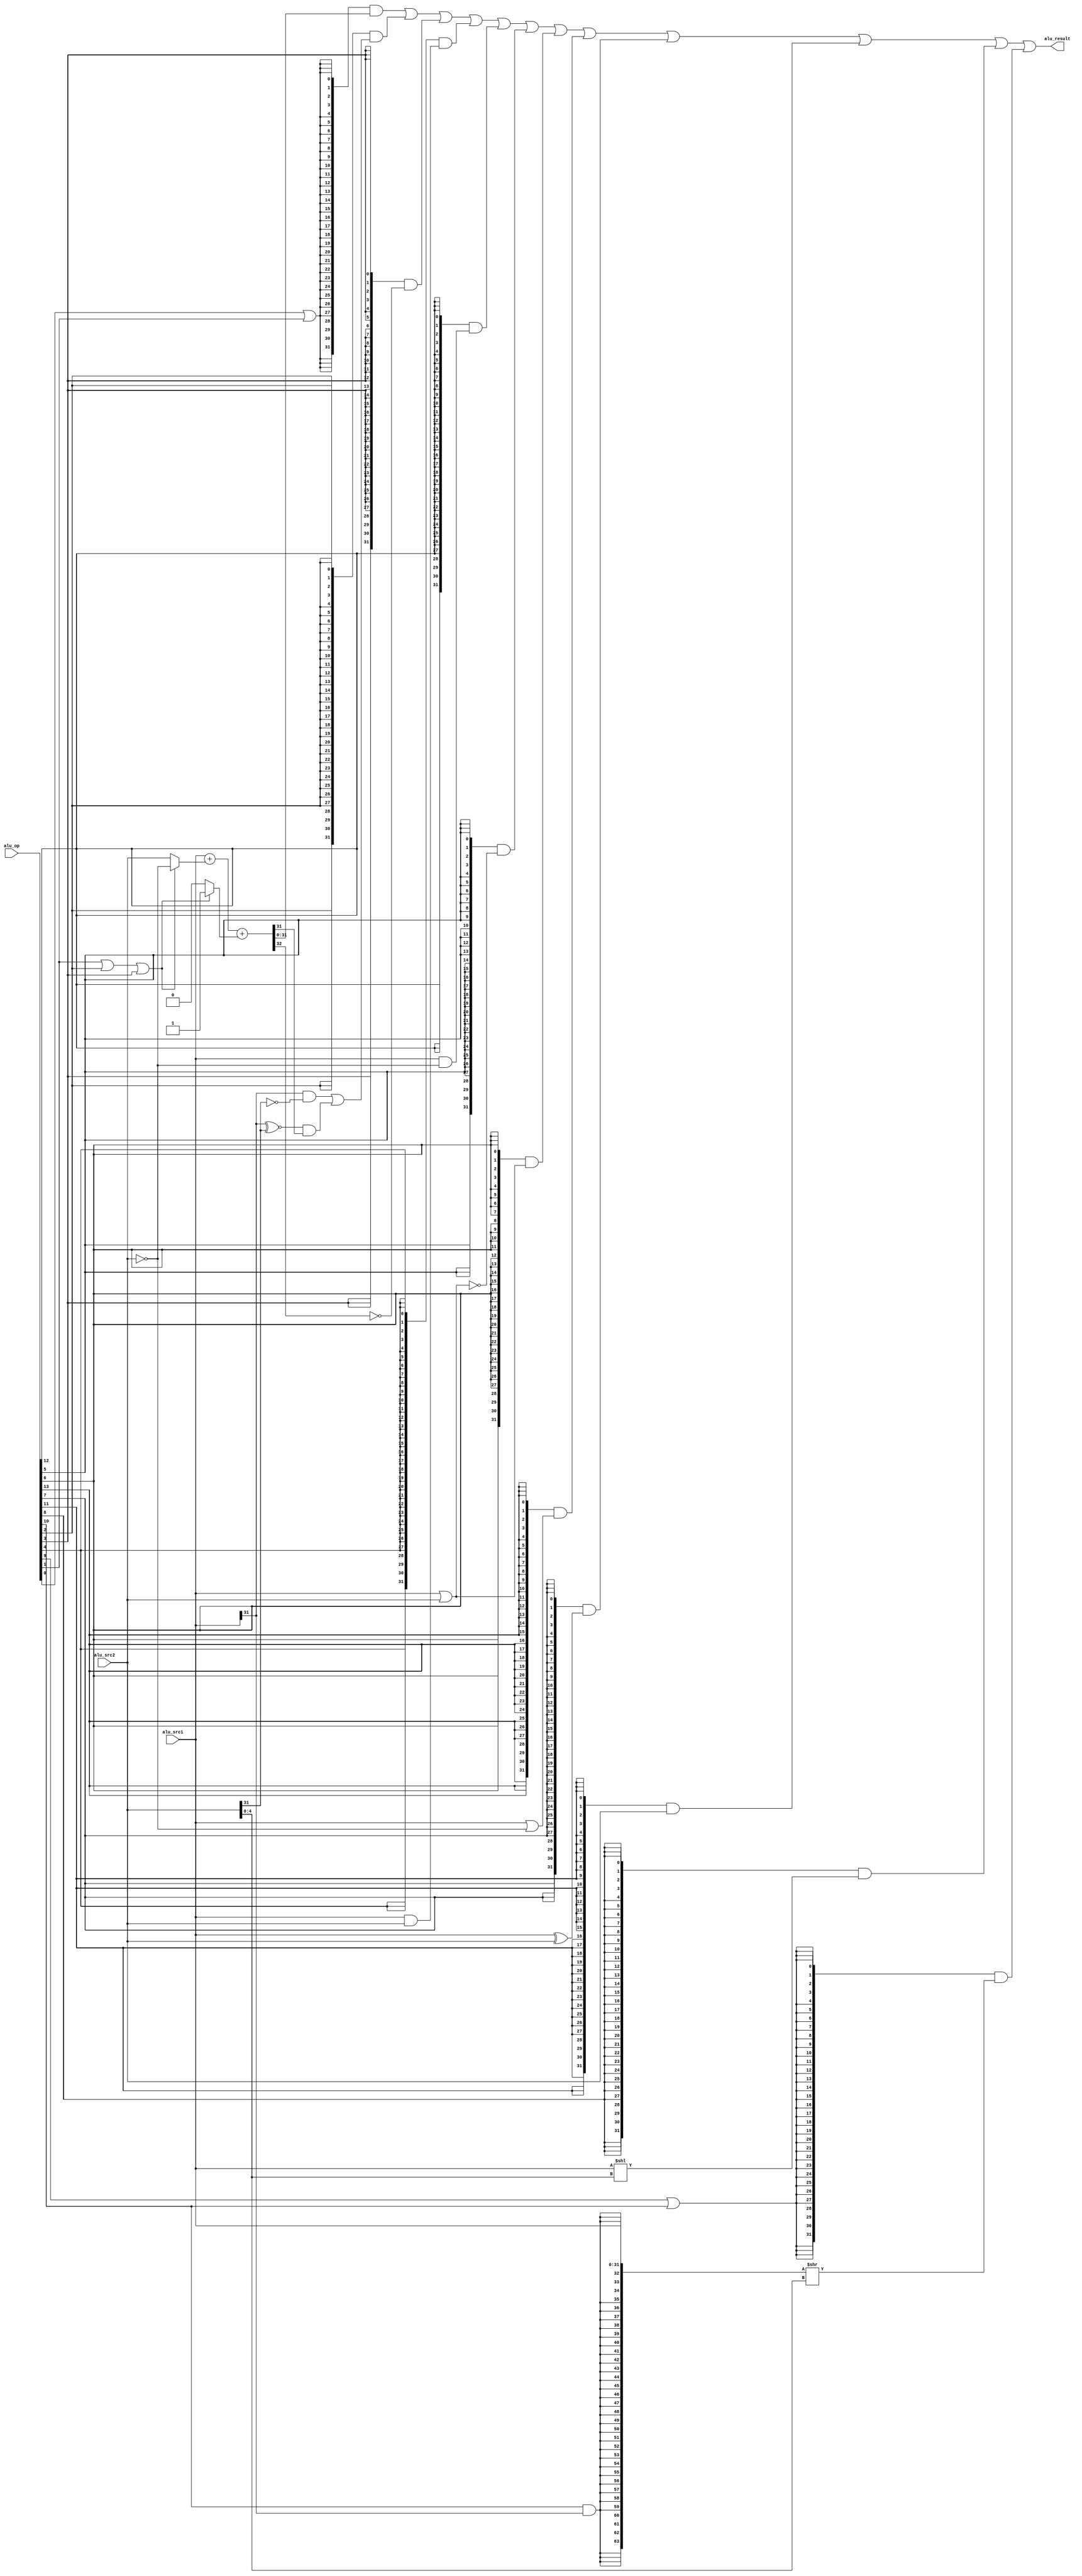
module alu(
  input  [13:0] alu_op,
  input  [31:0] alu_src1,
  input  [31:0] alu_src2,
  output [31:0] alu_result
);

wire op_add;
wire op_sub;
wire op_slt;
wire op_sltu;
wire op_and;
wire op_nor;
wire op_or;
wire op_xor;
wire op_sll;
wire op_srl;
wire op_sra;
wire op_lui;
wire op_andn;
wire op_orn;

// control code decomposition
assign op_add  = alu_op[ 0];
assign op_sub  = alu_op[ 1];
assign op_slt  = alu_op[ 2];
assign op_sltu = alu_op[ 3];
assign op_and  = alu_op[ 4];
assign op_nor  = alu_op[ 5];
assign op_or   = alu_op[ 6];
assign op_xor  = alu_op[ 7];
assign op_sll  = alu_op[ 8];
assign op_srl  = alu_op[ 9];
assign op_sra  = alu_op[10];
assign op_lui  = alu_op[11];
assign op_andn = alu_op[12];
assign op_orn  = alu_op[13];

wire [31:0] add_sub_result; 
wire [31:0] slt_result; 
wire [31:0] sltu_result;
wire [31:0] and_result;
wire [31:0] nor_result;
wire [31:0] or_result;
wire [31:0] xor_result;
wire [31:0] lui_result;
wire [31:0] sll_result; 
wire [63:0] sr64_result; 
wire [31:0] sr_result; 
wire [31:0] andn_result;
wire [31:0] orn_result;


// 32-bit adder
wire [31:0] adder_a;
wire [31:0] adder_b;
wire        adder_cin;
wire [31:0] adder_result;
wire        adder_cout;

assign adder_a   = alu_src1;
assign adder_b   = (op_sub | op_slt | op_sltu) ? ~alu_src2 : alu_src2;  //src1 - src2 rj-rk
assign adder_cin = (op_sub | op_slt | op_sltu) ? 1'b1      : 1'b0;
assign {adder_cout, adder_result} = adder_a + adder_b + adder_cin;

// ADD, SUB result
assign add_sub_result = adder_result;

// SLT result
assign slt_result[31:1] = 31'b0;   //rj < rk 1
assign slt_result[0]    = (alu_src1[31] & ~alu_src2[31])
                        | ((alu_src1[31] ~^ alu_src2[31]) & adder_result[31]);

// SLTU result
assign sltu_result[31:1] = 31'b0;
assign sltu_result[0]    = ~adder_cout;

// bitwise operation
assign and_result = alu_src1 & alu_src2;
assign andn_result= alu_src1 & ~alu_src2;
assign or_result  = alu_src1 | alu_src2;        //bug6 cycle
assign orn_result = alu_src1 | ~alu_src2;
assign nor_result = ~or_result;
assign xor_result = alu_src1 ^ alu_src2;
assign lui_result = alu_src2;

// SLL result 
assign sll_result = alu_src1 << alu_src2[4:0];   //rj << i5

// SRL, SRA result
assign sr64_result = {{32{op_sra & alu_src1[31]}}, alu_src1[31:0]} >> alu_src2[4:0]; //rj >> i5 

assign sr_result   = sr64_result[31:0];

// final result mux
assign alu_result = ({32{op_add|op_sub}} & add_sub_result)
                  | ({32{op_slt       }} & slt_result)
                  | ({32{op_sltu      }} & sltu_result)
                  | ({32{op_and       }} & and_result)
                  | ({32{op_andn      }} & andn_result)
                  | ({32{op_nor       }} & nor_result)
                  | ({32{op_or        }} & or_result)
                  | ({32{op_orn       }} & orn_result)
                  | ({32{op_xor       }} & xor_result)
                  | ({32{op_lui       }} & lui_result)
                  | ({32{op_sll       }} & sll_result)
                  | ({32{op_srl|op_sra}} & sr_result);    //bug7 srl and sra sign

endmodule